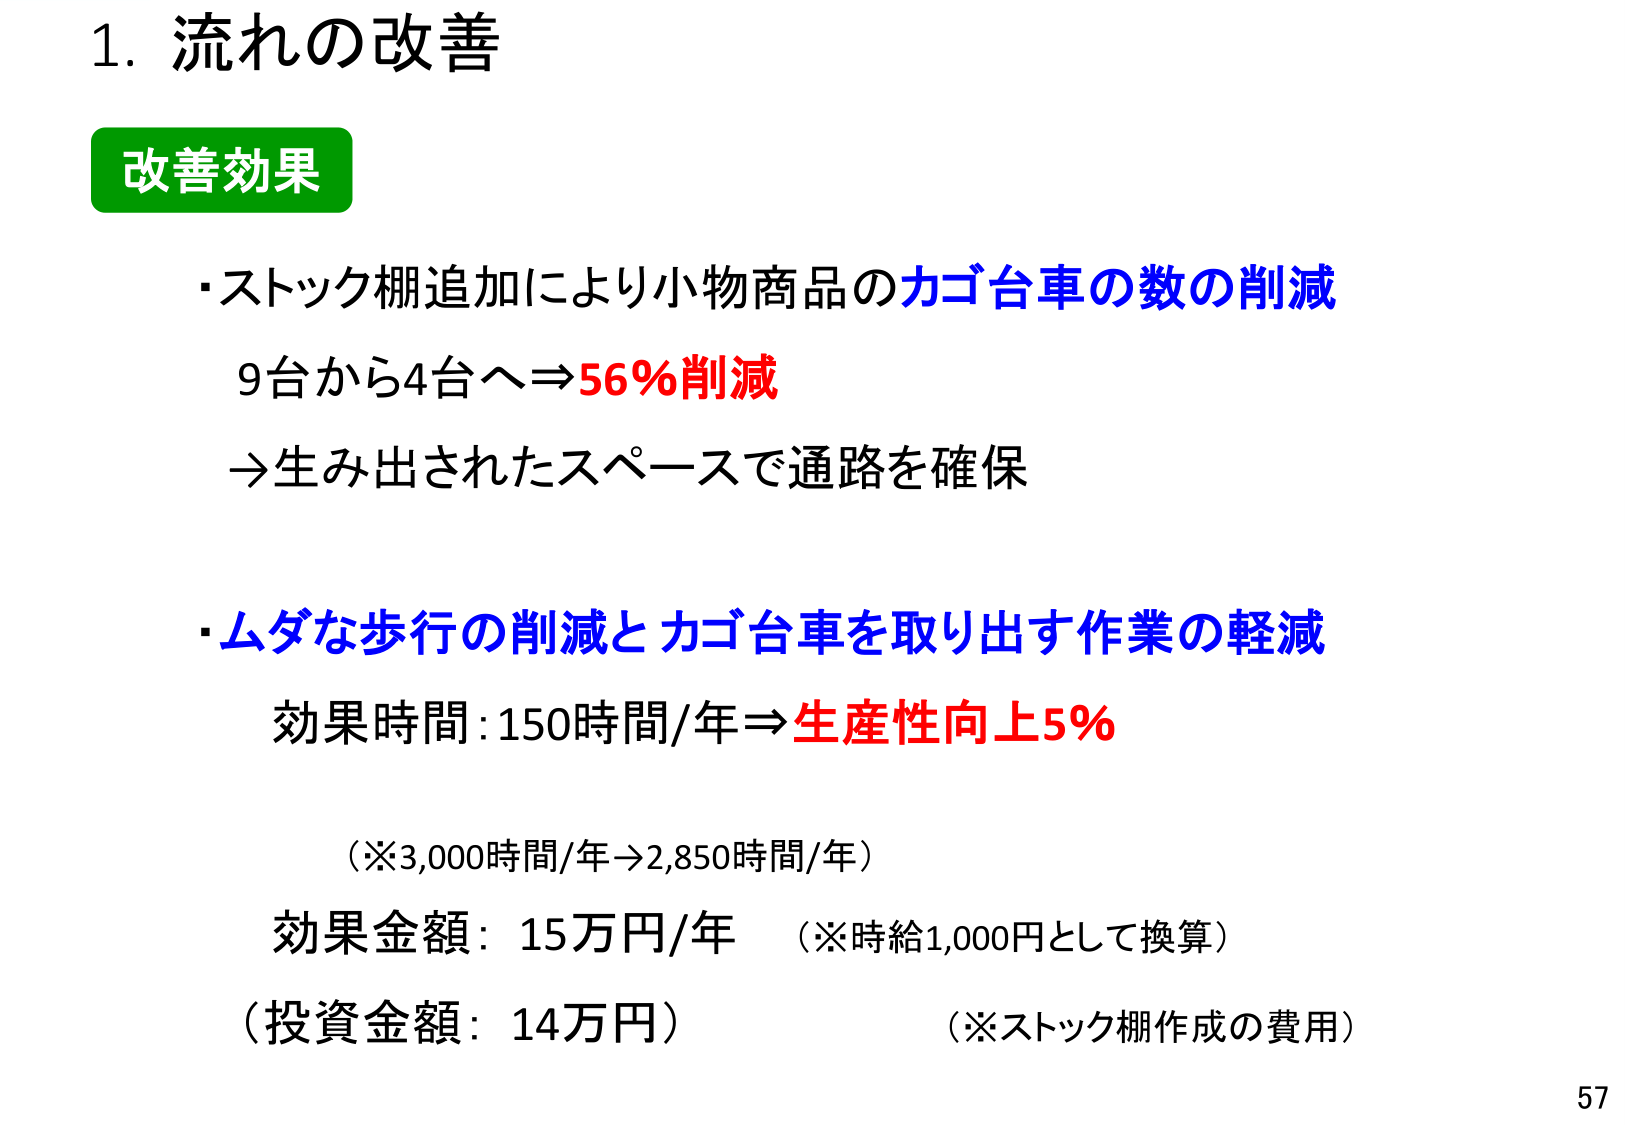
1. 流れの改善

改善効果

・ストック棚追加により小物商品のカゴ台車の数の削減
9台から4台へ⇒56%削減
→生み出されたスペースで通路を確保

・ムダな歩行の削減とカゴ台車を取り出す作業の軽減
効果時間:150時間/年⇒生産性向上5%
（※3,000時間/年→2,850時間/年）
効果金額：15万円/年 （※時給1,000円として換算）
（投資金額：14万円） （※ストック棚作成の費用）

57